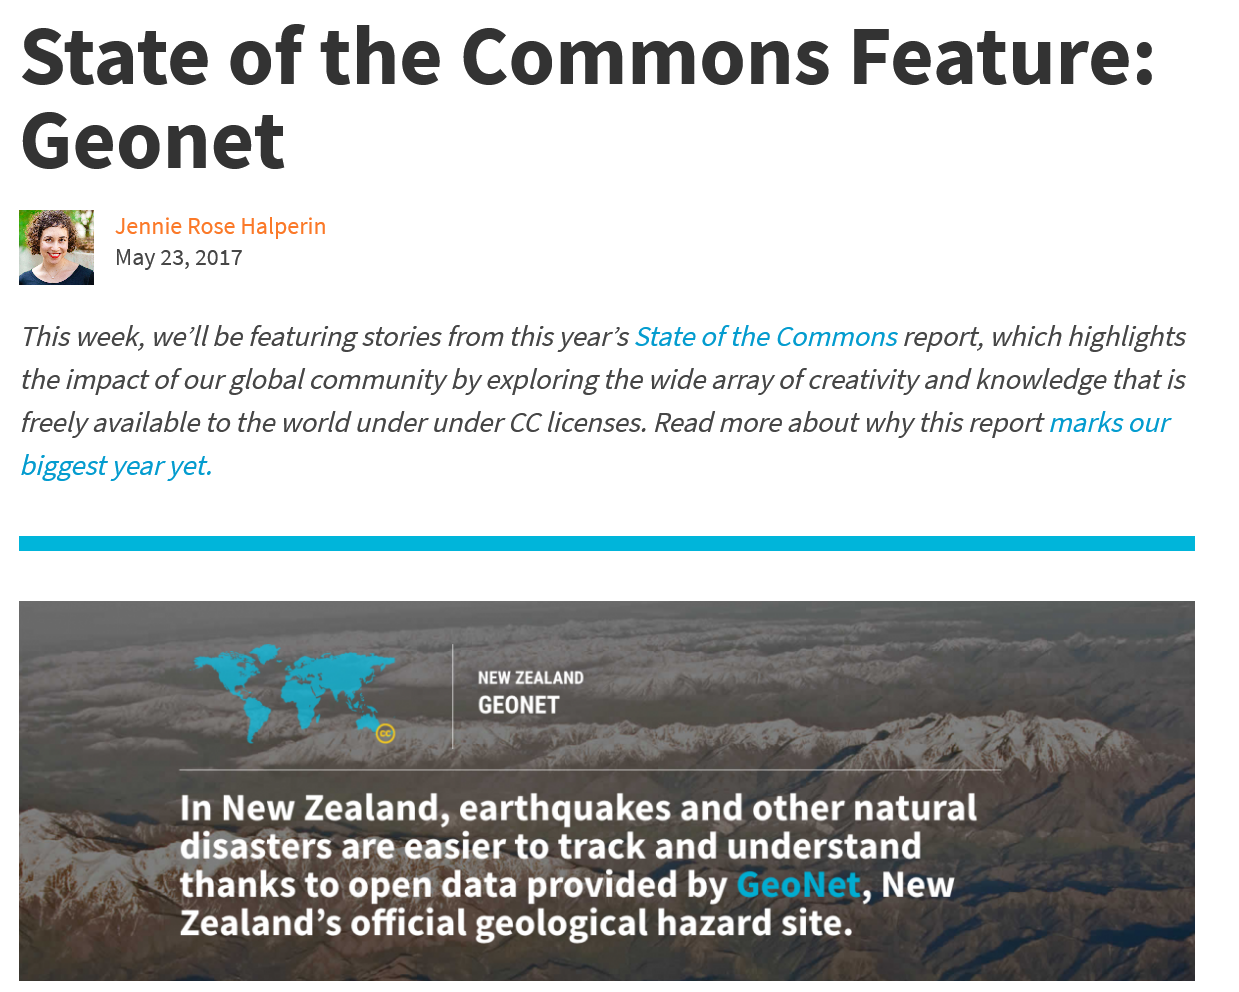
State    of    the    Commons    Feature:
  Geonet
  This week, we’ll be featuring stories from this year’s State of the Commons report, which highlights
  the impact of our global community by exploring the wide array of creativity and knowledge that is
  freely available to the world under under CC licenses. Read more about why this report marks our
  biggest year yet.
     Par save)
     cisely   aS
     In New   Zealand,   earthquakes   and    other natural
     disasters   are.easier  to track  and   understand
     thanks   to open   data  provided    by GeoNet,    New
     Zealand’s   official geological    hazard site.
     Drape
     GEONET
     In New   Zealand,   earthquakes   and    other natural
     disasters   are.easier  to track  and   understand
     thanks   to open   data  provided    by GeoNet,    New
     Zealand’s   official geological    hazard site.
     May 23, 2017
     Jennie Rose Halperin